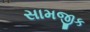
સામજીક